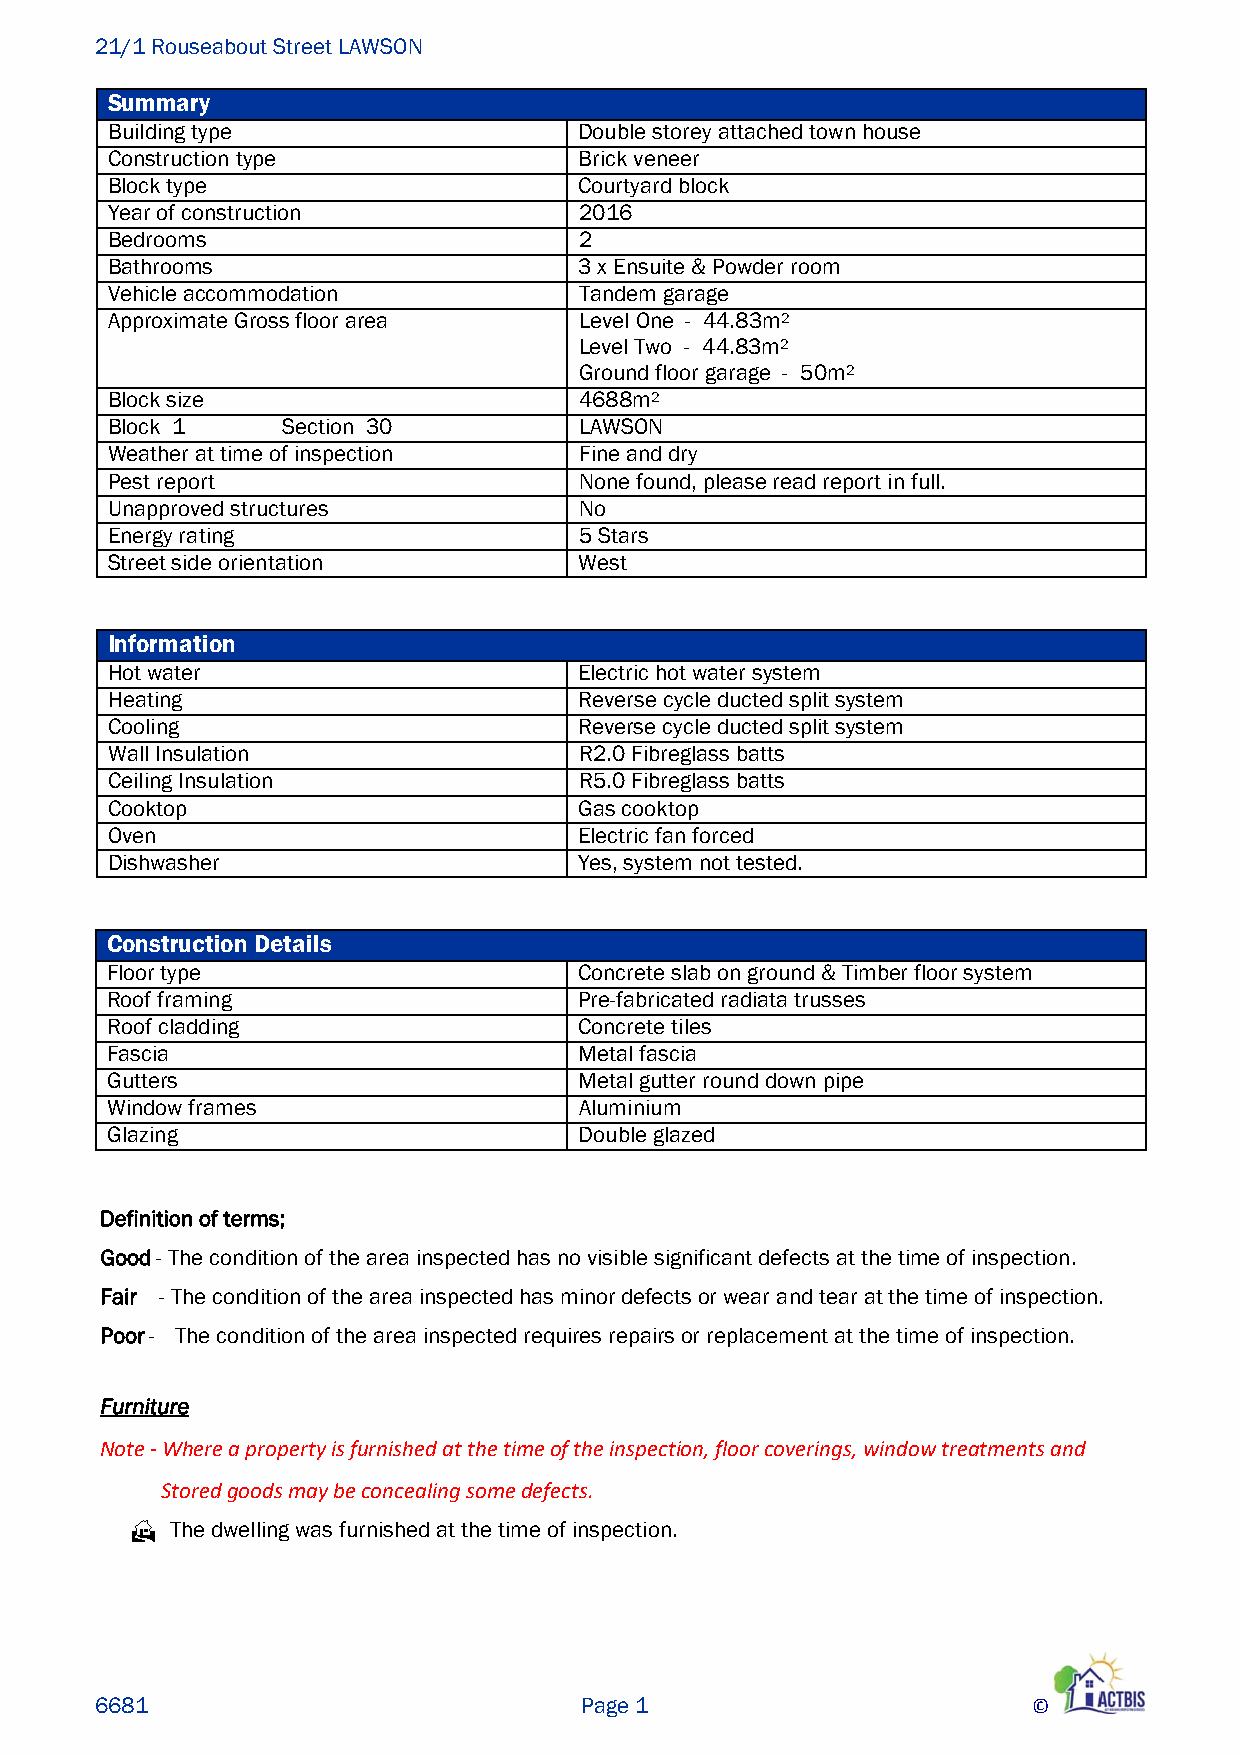
21/1 Rouseabout Street LAWSON
 Summary
 Building type                  Double storey attached town house
 Construction type              Brick veneer
 Block type                     Courtyard block
 Year of construction           2016
 Bedrooms                       2
 Bathrooms                      3 x Ensuite & Powder room
 Vehicle accommodation          Tandem garage
 Approximate Gross floor area   Level One - 44.83m2
 Level Two - 44.83m2
 Ground floor garage - 50m2
 Block size                     4688m2
 Block 1     Section 30         LAWSON
 Weather at time of inspection  Fine and dry
 Pest report                    None found, please read report in full.
 Unapproved structures          No
 Energy rating                  5 Stars
 Street side orientation        West
 Information
 Hot water                      Electric hot water system
 Heating                        Reverse cycle ducted split system
 Cooling                        Reverse cycle ducted split system
 Wall Insulation                R2.0 Fibreglass batts
 Ceiling Insulation             R5.0 Fibreglass batts
 Cooktop                        Gas cooktop
 Oven                           Electric fan forced
 Dishwasher                     Yes, system not tested.
 Construction Details
 Floor type                     Concrete slab on ground & Timber floor system
 Roof framing                   Pre-fabricated radiata trusses
 Roof cladding                  Concrete tiles
 Fascia                         Metal fascia
 Gutters                        Metal gutter round down pipe
 Window frames                  Aluminium
 Glazing                        Double glazed
 Definition of terms;
 Good - The condition of the area inspected has no visible significant defects at the time of inspection.
 Fair - The condition of the area inspected has minor defects or wear and tear at the time of inspection.
 Poor - The condition of the area inspected requires repairs or replacement at the time of inspection.
 Furniture
 Note ‐ Where a property is furnished at the time of the inspection, floor coverings, window treatments and
 Stored goods may be concealing some defects.
  The dwelling was furnished at the time of inspection.
 6681                            Page 1                        ©